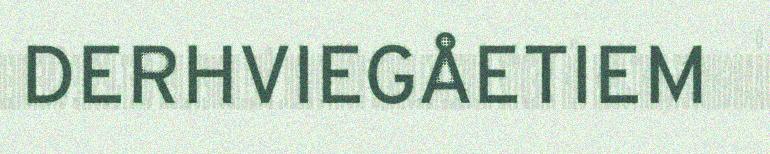
DERHVIEGÅETIEM